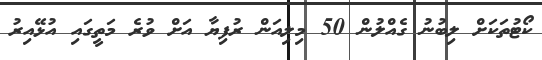
ކޯޓުތަކަށް ލިބުނު ގެއްލުން 50 މިލިއަން ރުފިޔާ އަށް ވުރެ މަތީގައި އުޅޭއިރު